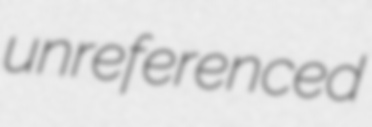
unreferenced